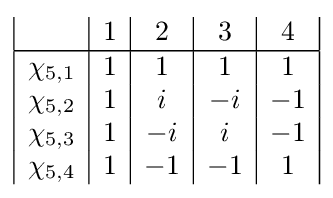
{\begin{array}{|c|c|c|c|c|c|c|}&1&2&3&4\\\hline \chi _{5,1}&1&1&1&1\\\chi _{5,2}&1&i&-i&-1\\\chi _{5,3}&1&-i&i&-1\\\chi _{5,4}&1&-1&-1&1\\\end{array}}